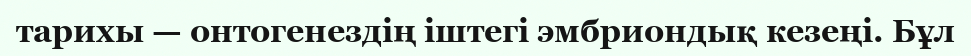
тарихы — онтогенездің іштегі эмбриондық кезеңі. Бұл